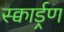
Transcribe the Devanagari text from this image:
स्क्वार्ड्रण